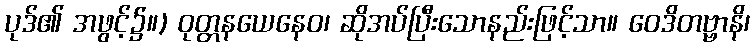
ပုဒ်၏ အဖွင့်၌။) ဝုတ္တနယေနေဝ၊ ဆိုအပ်ပြီးသောနည်းဖြင့်သာ။ ဝေဒိတဗ္ဗာနိ၊